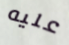
عليه